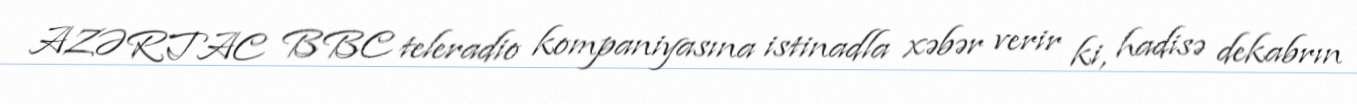
AZƏRTAC BBC teleradio kompaniyasına istinadla xəbər verir ki, hadisə dekabrın